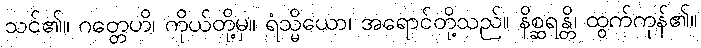
သင်၏။ ဂတ္တေဟိ၊ ကိုယ်တို့မှ။ ရံသ္မိယော၊ အရောင်တို့သည်။ နိစ္ဆရန္တိ၊ ထွက်ကုန်၏။